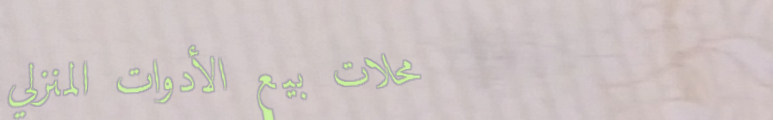
محلات بيع الأدوات المنزلي